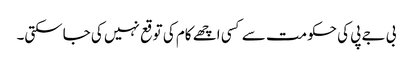
بی جے پی کی حکومت سے کسی اچھے کام کی توقع نہیں کی جاسکتی۔